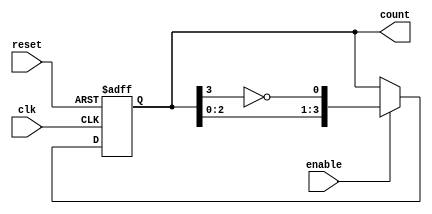
module johnson_counter #(
    parameter N = 4  // Number of flip-flops
)(
    input wire clk,        // Clock input
    input wire enable,     // Enable signal
    input wire reset,      // Reset signal
    output reg [N-1:0] count // Current state of the counter
);

// Internal signal for the inverted output of the last flip-flop
wire feedback;

assign feedback = ~count[N-1]; // Invert the last flip-flop output

// Sequential logic for the Johnson counter
always @(posedge clk or posedge reset) begin
    if (reset) begin
        count <= 0; // Initialize the counter to 0 on reset
    end else if (enable) begin
        // Shift and update the counter state
        count <= {count[N-2:0], feedback}; // Shift left and insert feedback
    end
    // If enable is low, retain the current state
end

endmodule